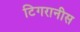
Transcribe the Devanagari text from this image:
टिगरानीस